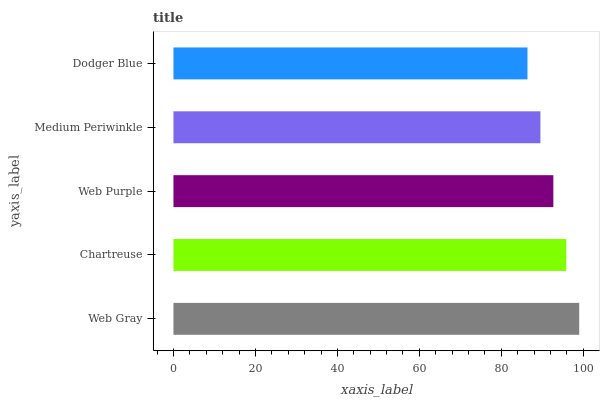
| yaxis_label | bars |
 | --- | --- |
 | Web Gray | 99 |
 | Chartreuse | 95.8 |
 | Web Purple | 92.7 |
 | Medium Periwinkle | 89.5 |
 | Dodger Blue | 86.4 |